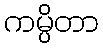
ကမ္ပိတာ